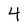
Character: 4